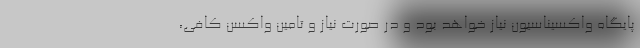
پایگاه واکسیناسیون نیاز خواهد بود و در صورت نیاز و تامین واکسن کافی،